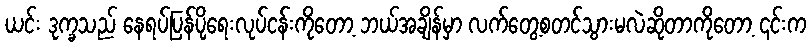
ယင်း ဒုက္ခသည် နေရပ်ပြန်ပို့ရေးလုပ်ငန်းကိုတော့ ဘယ်အချိန်မှာ လက်တွေ့စတင်သွားမလဲဆိုတာကိုတော့ ၎င်းက